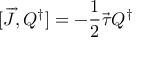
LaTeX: [ \overrightarrow { J } , Q ^ { \dagger } ] = - \frac { 1 } { 2 } \overrightarrow { \tau } Q ^ { \dagger }